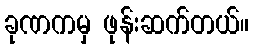
ခုဏကမှ ဖုန်းဆက်တယ်။